Civil Veterinary Department. Madras. Admin. report 1926-33 - 1926-1933
Year: 1926
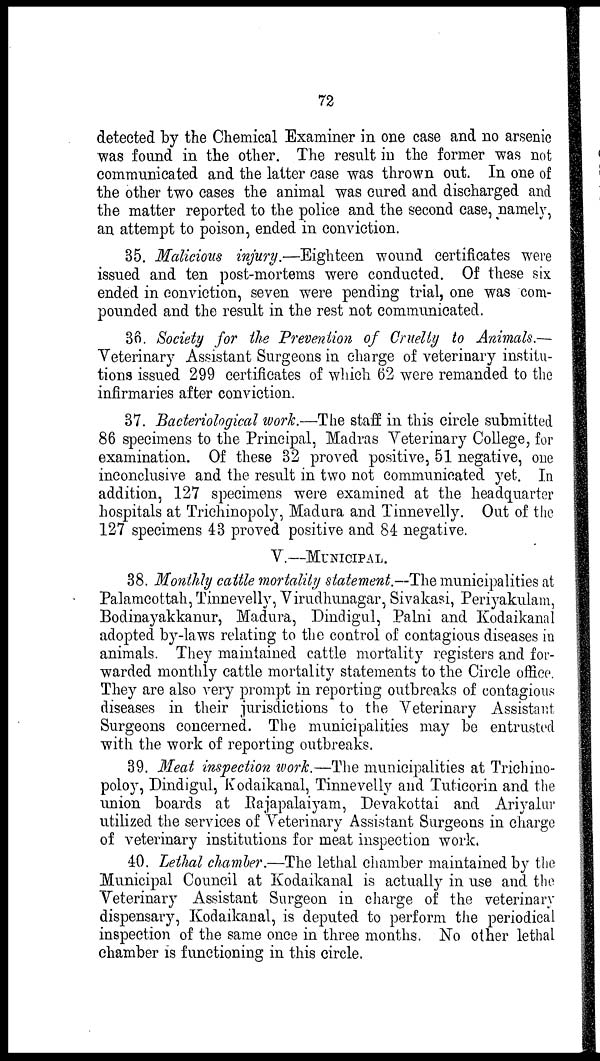
72
detected by the Chemical Examiner in one case and no arsenic
was found in the other. The result in the former was not
communicated and the latter case was thrown out. In one of
the other two cases the animal was cured and discharged and
the matter reported to the police and the second case, namely,
an attempt to poison, ended in conviction.
35. Malicious injury.—Eighteen wound certificates were
issued and ten post-mortems were conducted. Of these six
ended in conviction, seven were pending trial, one was com-
pounded and the result in the rest not communicated.
36. Society for the Prevention of Cruelty to Animals.—
Veterinary Assistant Surgeons in charge of veterinary institu-
tions issued 299 certificates of which 62 were remanded to the
infirmaries after conviction.
37. Bacteriological work.—The staff in this circle submitted
86 specimens to the Principal, Madras Veterinary College, for
examination. Of these 32 proved positive, 51 negative, one
inconclusive and the result in two not communicated yet. In
addition, 127 specimens were examined at the headquarter
hospitals at Trichinopoly, Madura and Tinnevelly. Out of the
127 specimens 43 proved positive and 84 negative.
V.—MUNICIPAL.
38. Monthly cattle mortality statement.—The municipalities at
Palamcottah, Tinnevelly, Virudhunagar, Sivakasi, Periyakulam,
Bodinayakkanur, Madura, Dindigul, Palni and Kodaikanal
adopted by-laws relating to the control of contagious diseases in
animals. They maintained cattle mortality registers and for-
warded monthly cattle mortality statements to the Circle office.
They are also very prompt in reporting outbreaks of contagious
diseases in their jurisdictions to the Veterinary Assistant
Surgeons concerned. The municipalities may be entrusted
with the work of reporting outbreaks.
39. Meat inspection work.—The municipalities at Trichino-
poloy, Dindigul, Kodaikanal, Tinnevelly and Tuticorin and the
union boards at Rajapalaiyam, Devakottai and Ariyalur
utilized the services of Veterinary Assistant Surgeons in charge
of veterinary institutions for meat inspection work.
40. Lethal chamber.—The lethal chamber maintained by the
Municipal Council at Kodaikanal is actually in use and the
Veterinary Assistant Surgeon in charge of the veterinary
dispensary, Kodaikanal, is deputed to perform the periodical
inspection of the same once in three months. No other lethal
chamber is functioning in this circle.